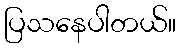
ပြသနေပါတယ်။